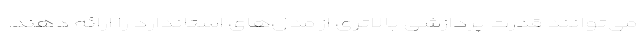
می‌توانند قدرت پردازشی بالاتری از مدل‌های استاندارد را ارائه دهند.